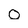
Character: 0